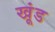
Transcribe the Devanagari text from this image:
खूंड